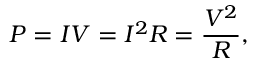
P = I V = I ^ { 2 } R = { \frac { V ^ { 2 } } { R } } ,